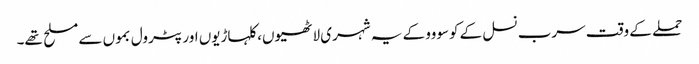
حملے کے وقت سرب نسل کے کوسووو کے یہ شہری لاٹھیوں، کلہاڑیوں اور پٹرول بموں سے مسلح تھے۔